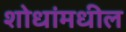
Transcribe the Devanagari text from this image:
शोधांमधील